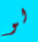
لو